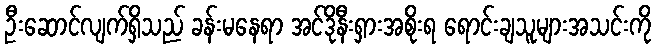
ဦးဆောင်လျက်ရှိသည် ခန်းမနေရာ အင်ဒိုနီးရှားအစိုးရ ရောင်းချသူများအသင်းကို